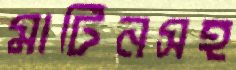
মার্টিনসহ